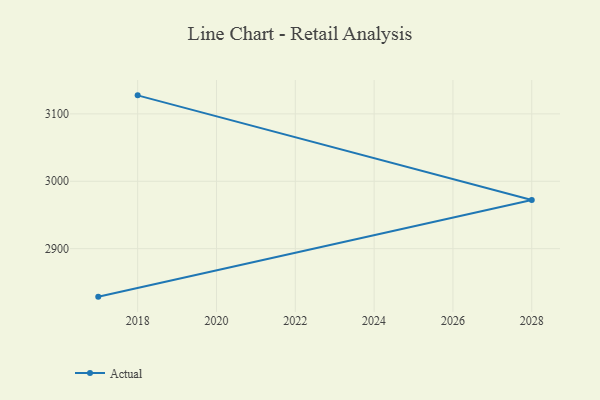
{"axis": {"x": "Year", "y": "Gross Profit (USD K)"}, "legend": ["Actual"], "data": [{"x": "2017", "y": 2828.8, "type": "Actual"}, {"x": "2028", "y": 2972.3, "type": "Actual"}, {"x": "2018", "y": 3127.5, "type": "Actual"}]}